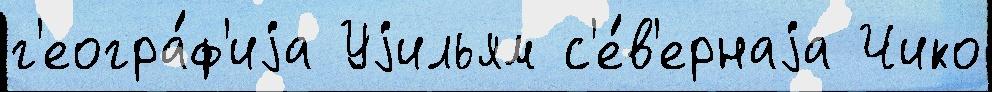
г'еогра́ф'иjа Уjильям с'е́в'ернаjа Чико